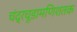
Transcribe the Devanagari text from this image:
चंद्रचूडामणिशतक